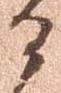
る